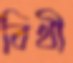
বিথী